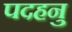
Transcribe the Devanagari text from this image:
पदहनु